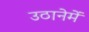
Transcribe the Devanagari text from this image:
उठानेमें